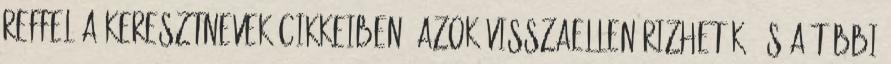
reffel a keresztnevek cikkeiben, azok visszaellenőrizhetők, és a többi